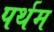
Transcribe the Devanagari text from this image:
पर्थम